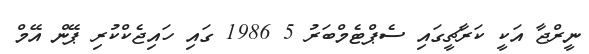
ނީރްޖާ އަކީ ކަރާޗީގައި ސެޕްޓެމްބަރު 5 1986 ގައި ހައިޖެކްކުރި ޕޭން އޭމް